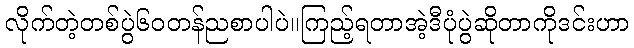
လိုက်တဲ့တစ်ပွဲ၆၀တန်ညစာပါပဲ။ကြည့်ရတာအဲ့ဒီပုံပွဲဆိုတာကိုဒင်းဟာ